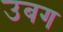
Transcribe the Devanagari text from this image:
उबग